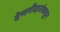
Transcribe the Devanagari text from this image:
देणगीदारांकडून